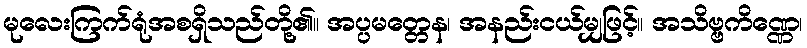
မုလေးကြက်ရုံအစရှိသည်တို့၏။ အပ္ပမတ္တေန၊ အနည်းငယ်မျှဖြင့်။ အသိဗ္ဗကိဏ္ဏေ၊